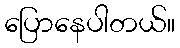
ပြောနေပါတယ်။